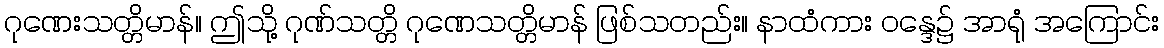
ဂုဏေးသတ္တိမာန်။ ဤသို့ ဂုဏ်သတ္တိ ဂုဏေသတ္တိမာန် ဖြစ်သတည်း။ နာထံကား ဝန္ဒေ၌ အာရုံ အကြောင်း